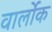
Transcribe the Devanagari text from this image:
वार्लोक